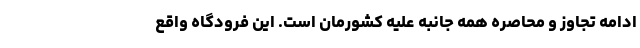
ادامه تجاوز و محاصره همه جانبه علیه کشورمان است. این فرودگاه واقع